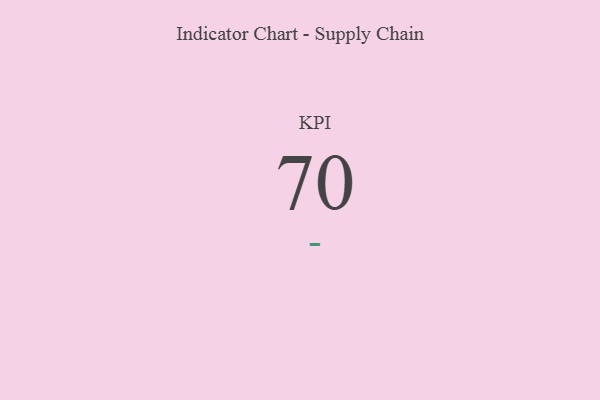
{"axis": {"x": "KPI", "y": "Value"}, "legend": [""], "data": [{"x": "KPI", "y": 70, "type": ""}]}